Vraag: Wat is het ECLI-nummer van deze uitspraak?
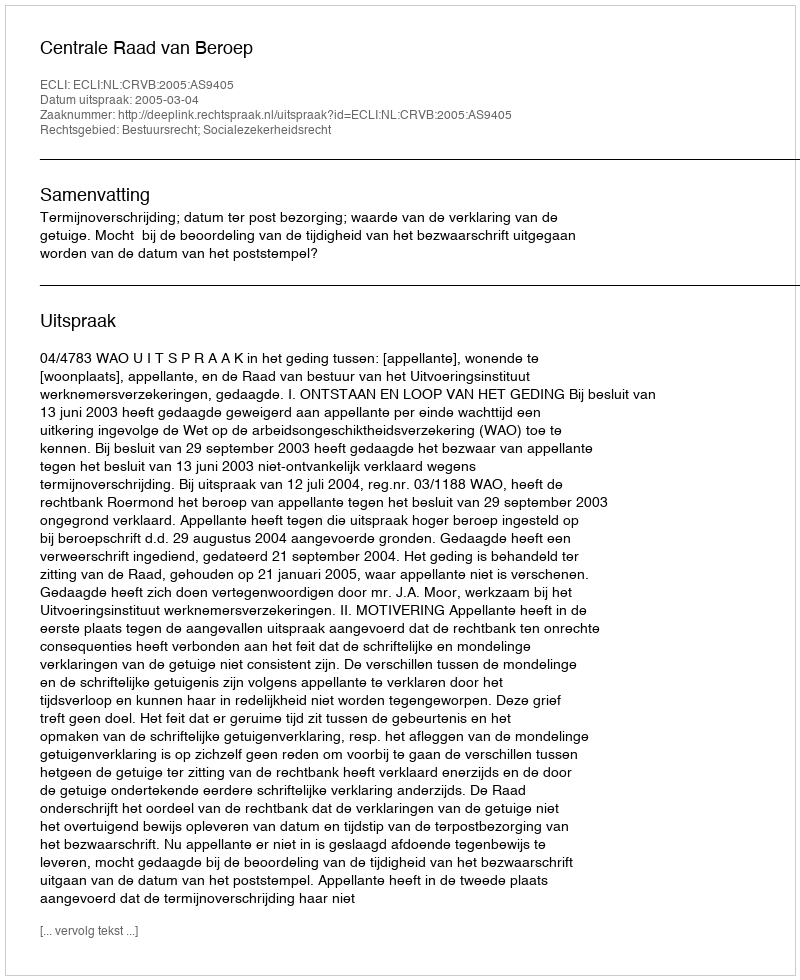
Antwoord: ECLI:NL:CRVB:2005:AS9405